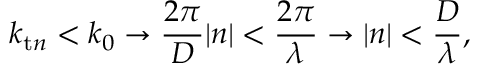
k _ { \mathrm { t } n } < k _ { 0 } \rightarrow \frac { 2 \pi } { D } | n | < \frac { 2 \pi } { \lambda } \rightarrow | n | < \frac { D } { \lambda } ,